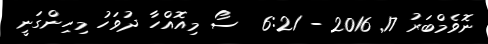
ނޮވެމްބަރު 17